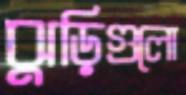
ঝুড়িগুলো